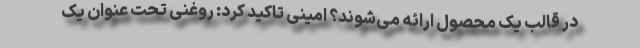
در قالب یک محصول ارائه می‌شوند؟ امینی تاکید کرد: روغنی تحت عنوان یک